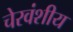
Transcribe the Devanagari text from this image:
चेरवंशीय